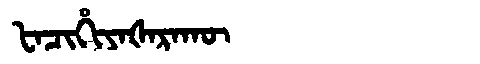
Manchu: ᡶᠠᠴᡳᡥᡳᠶᠠᡧᠠᡵᠠᡴᡡ
Romanization: FACIHIYAŠARAKŪ